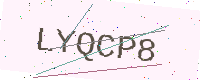
Text: LYQCP8